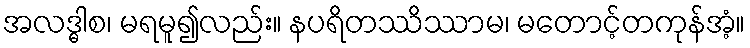
အလဒ္ဓါစ၊ မရမူ၍လည်း။ နပရိတဿိဿာမ၊ မတောင့်တကုန်အံ့။